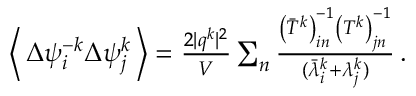
\begin{array} { r } { \left\langle \, \Delta \psi _ { i } ^ { - k } \Delta \psi _ { j } ^ { k } \, \right\rangle = \frac { 2 \vert \boldsymbol { q } ^ { k } \vert ^ { 2 } } { V } \sum _ { n } \frac { \left( \bar { T } ^ { k } \right) _ { i n } ^ { - 1 } \left( T ^ { k } \right) _ { j n } ^ { - 1 } } { ( \bar { \lambda } _ { i } ^ { k } + \lambda _ { j } ^ { k } ) } \, . } \end{array}